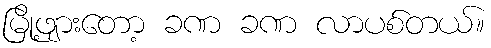
မြို့ဖျားတော့ ခဏ ခဏ လာပစ်တယ်။